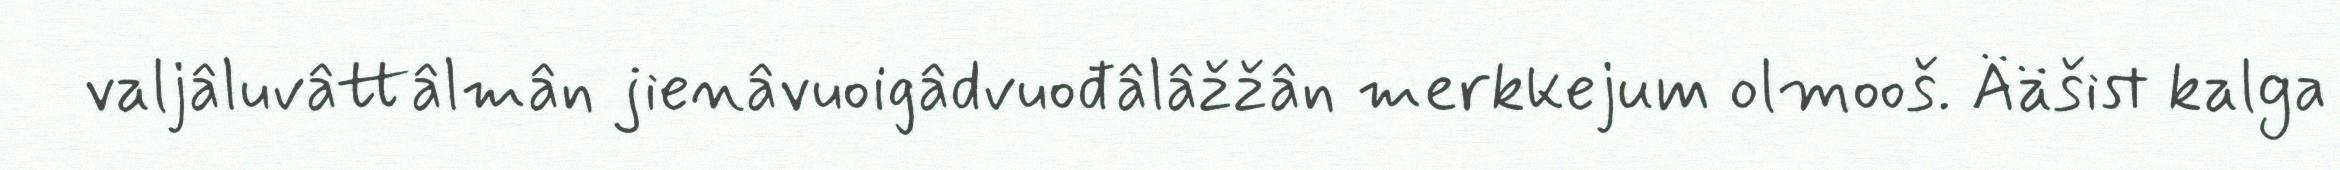
valjâluvâttâlmân jienâvuoigâdvuođâlâžžân merkkejum olmooš. Ääšist kalga